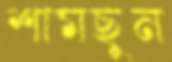
শামছুন